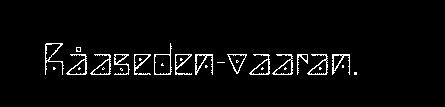
Råaseden-vaaran.